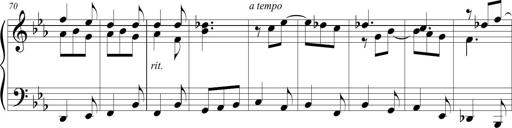
Title: Tiny Tina
Composer: Michel Rondeau
Key: E-flat major